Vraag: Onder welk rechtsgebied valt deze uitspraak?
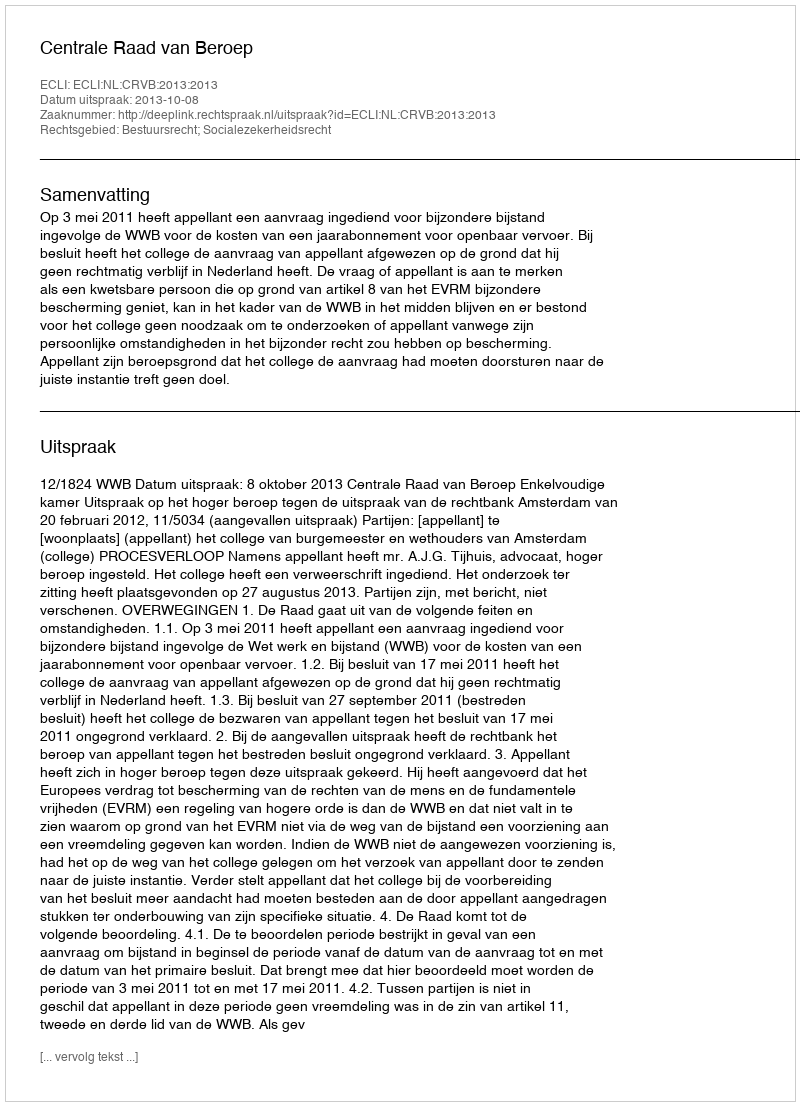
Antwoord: Bestuursrecht; Socialezekerheidsrecht